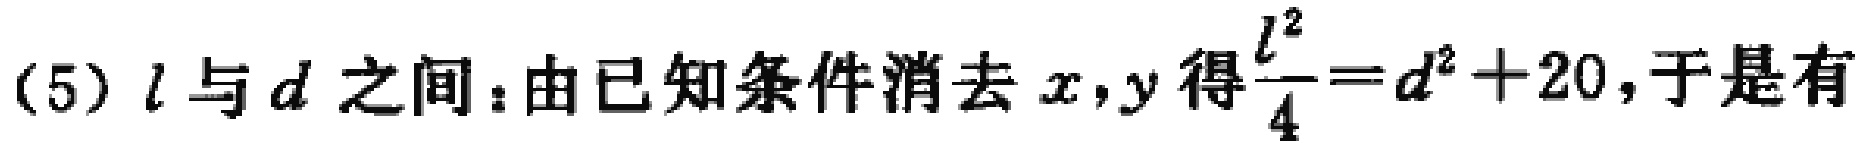
(5) \(l\) 与 \(d\) 之间：由已知条件消去 \(x,y\) 得\(\frac{l^{2}}{4}=d^{2}+20\)，于是有